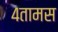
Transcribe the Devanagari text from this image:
४तामस